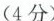
（4分）